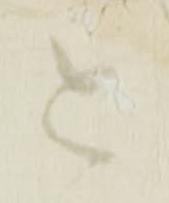
と